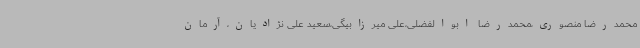
محمدرضا منصوری،محمدرضا ابوالفضلی،علی میرزابیگی،سعید علی نژادیان،آرمان